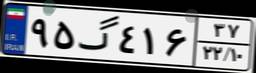
۹۵گ۴۱۶۳۷